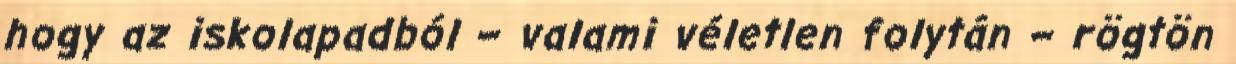
hogy az iskolapadból – valami véletlen folytán – rögtön